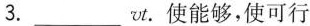
3.___vt.使能够，使可行